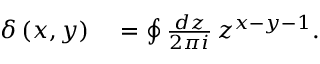
\begin{array} { r l } { \delta \left( x , y \right) } & { { } = \oint \frac { d z } { 2 \pi i } \, z ^ { x - y - 1 } . } \end{array}